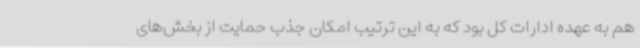
هم به عهده ادارات کل بود که به این ترتیب امکان جذب حمایت از بخش‌های